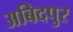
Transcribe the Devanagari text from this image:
अबिदपुर